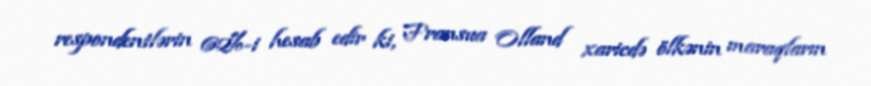
respondentlərin 62%-i hesab edir ki, Fransua Olland xaricdə ölkənin maraqların